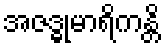
အဇဒ္ဓုမာရိကန္တိ